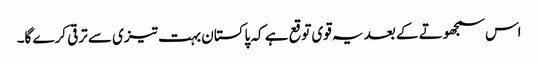
اس سمجھوتے کے بعد یہ قوی توقع ہے کہ پاکستان بہت تیزی سے ترقی کرے گا۔